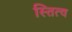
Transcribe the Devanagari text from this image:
स्तित्व